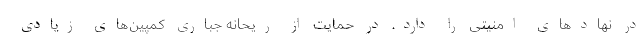
در نهادهای امنیتی را دارد. در حمایت از ریحانه جباری کمپین‌های زیادی